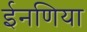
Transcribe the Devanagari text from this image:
ईनणिया